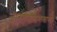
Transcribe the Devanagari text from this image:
ज्ञानमीमांसाशास्त्राच्या